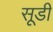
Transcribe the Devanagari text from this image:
सूडी